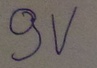
Text: 9V